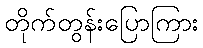
တိုက်တွန်းပြောကြား